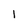
Character: 1